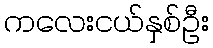
ကလေးငယ်နှစ်ဦး